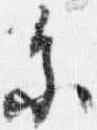
参